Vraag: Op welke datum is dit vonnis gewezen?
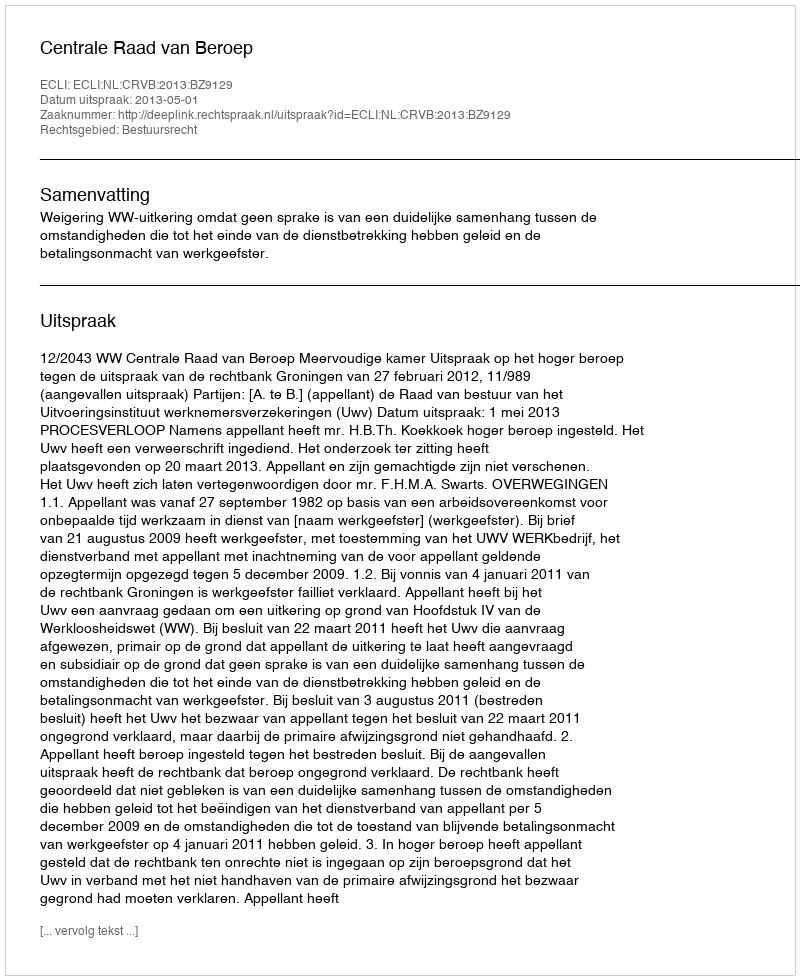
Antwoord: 2013-05-01